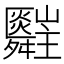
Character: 𦨄